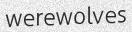
werewolves